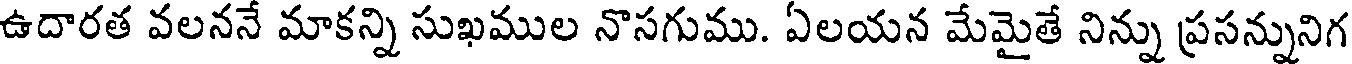
ఉదారత వలననే మాకన్ని సుఖముల నొసగుము. ఏలయన మేమైతే నిన్ను ప్రసన్నునిగ